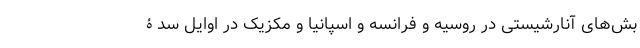
بش‌های آنارشیستی در روسیه و فرانسه و اسپانیا و مکزیک در اوایل سدۀ